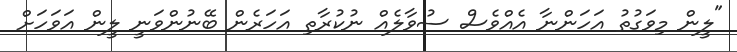
"ލީން މިވަގުތު އަހަންނާ އެއްވެސް ސުވާލެއް ނުކުރާތި އަހަރެން ބޭނުންވަނީ ލީން އަވަހަށް